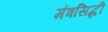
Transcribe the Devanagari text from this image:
मंत्रसिद्धी